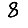
Digit: 8